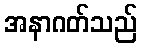
အနာဂတ်သည်